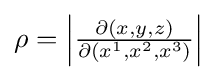
{\textstyle \rho =\left|{\frac {\partial (x,y,z)}{\partial (x^{1},x^{2},x^{3})}}\right|}